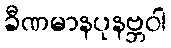
ခီဏမာနပုနဗ္ဘဝါ